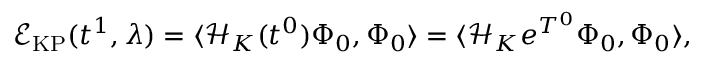
\mathcal { E } _ { \mathrm { K P } } ( t ^ { 1 } , \lambda ) = \langle \mathcal { H } _ { K } ( t ^ { 0 } ) \Phi _ { 0 } , \Phi _ { 0 } \rangle = \langle \mathcal { H } _ { K } e ^ { T ^ { 0 } } \Phi _ { 0 } , \Phi _ { 0 } \rangle ,